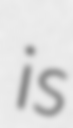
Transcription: is